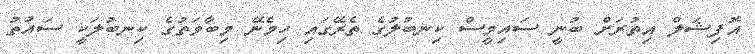
އޮފިޝަލް އިތުރަށް ބުނީ ސައިމީސް ކިނބުލުގެ ތެރޭގައި ހިމެނޭ މިބާވަތުގެ ކިނބުލަކީ ސައުތު